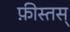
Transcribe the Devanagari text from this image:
फ़ीस्तस्